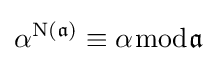
\alpha ^{{\rm {N}}({\mathfrak {a}})}\equiv \alpha {\bmod {\mathfrak {a}}}